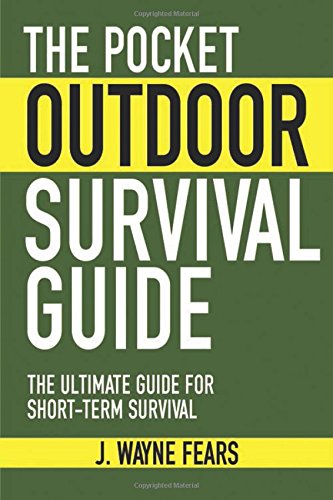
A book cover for The Pocket Outdoor Survival Guide: The Ultimate Guide for Short-Term Survival (Skyhorse Pocket Guides); J. Wayne Fears; Sports & Outdoors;